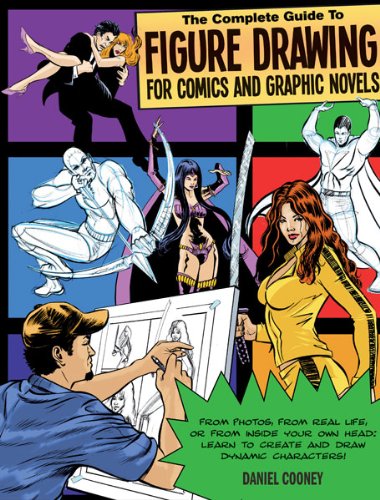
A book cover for The Complete Guide to Figure Drawing for Comics and Graphic Novels; Dan Cooney; Comics & Graphic Novels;